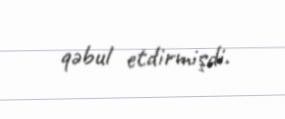
qəbul etdirmişdi.